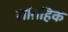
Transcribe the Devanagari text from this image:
सांग्रहिक